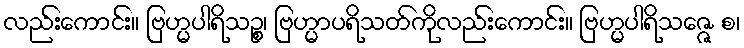
လည်းကောင်း။ ဗြဟ္မပါရိသဉ္စ၊ ဗြဟ္မာပရိသတ်ကိုလည်းကောင်း။ ဗြဟ္မပါရိသဇ္ဇေ စ၊